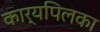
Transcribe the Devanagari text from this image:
कार्यपिलका